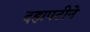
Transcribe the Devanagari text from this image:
दहापटीने